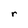
Character: r